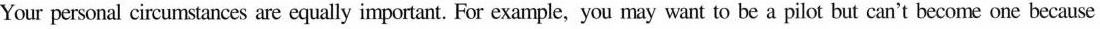
Your personal circumstances are equally important. For example, you may want to be a pilot but can't become one because